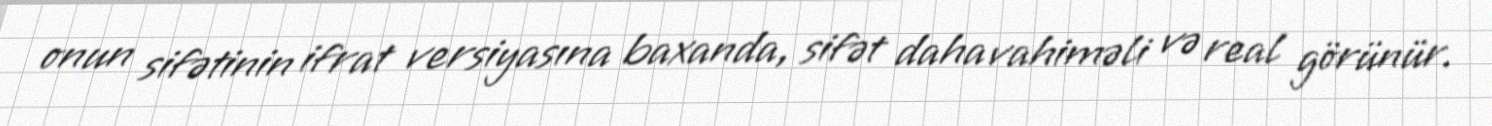
onun sifətinin ifrat versiyasına baxanda, sifət daha vahiməli və real görünür.